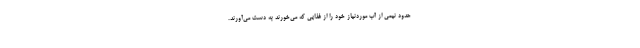
حدود نیمی از آب موردنیاز خود را از غذایی که می‌خورند به دست می‌آورند.